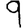
Digit: 9